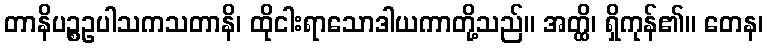
တာနိပဉ္စဥပါသကသတာနိ၊ ထိုငါးရာသောဒါယကာတို့သည်။ အတ္ထိ၊ ရှိကုန်၏။ တေန၊